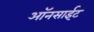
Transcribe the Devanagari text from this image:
ऑनसाईट